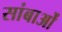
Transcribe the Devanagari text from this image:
सांबाओं